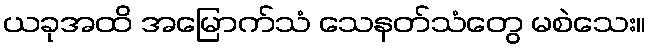
ယခုအထိ အမြောက်သံ သေနတ်သံတွေ မစဲသေး။